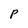
Character: p